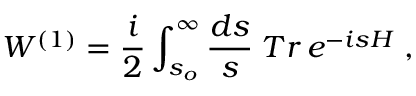
{ \cal W } ^ { ( 1 ) } = { \frac { i } { 2 } } \int _ { s _ { o } } ^ { \infty } { \frac { d s } { s } } \; T r \, e ^ { - i s H } \; ,